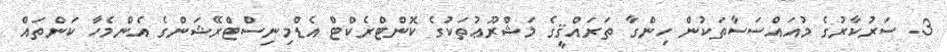
3. ސަރުކާރުގެ މުއައްސަސާތަކުން ހިންގާ ތަރައްޤީގެ މަޝްރޫޢުތަކުގެ ކޮންޓްރެކްޓް އެޑްމިނިސްޓްރޭޝަންގެ އެންމެހާ ކަންތައް